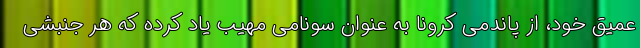
عمیق خود، از پاندمی کرونا به عنوان سونامی مهیب یاد کرده که هر جنبشی